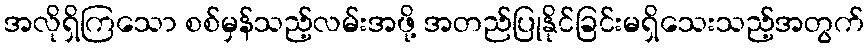
အလိုရှိကြသော စစ်မှန်သည့်လမ်းအဖို့ အတည်ပြုနိုင်ခြင်းမရှိသေးသည့်အတွက်